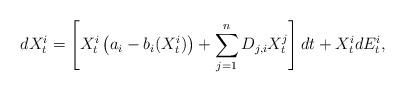
LaTeX: \begin{align*}d X_t^i = \left[ X_t^i \left( a_i - b_i(X_t^i)\right) + \sum_{j=1}^n D_{j,i} X_t^j \right]dt + X_t^i dE_t^i,\end{align*}